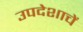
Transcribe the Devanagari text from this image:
उपदेशाचें